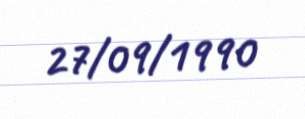
27/09/1990